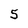
Character: 5